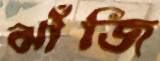
ঝাঁজি